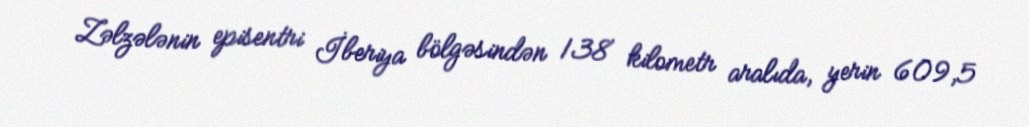
Zəlzələnin episentri İberiya bölgəsindən 138 kilometr aralıda, yerin 609,5